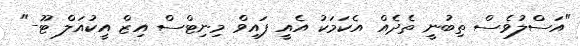
"އަސްލުވެސް ތިބުނީ ތެދެއް އެކަމަކު އެއީ ފައިވް މިނިޓްސް އިޒް އީކުއަލް ޓޫ-"